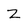
Character: Z